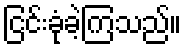
ငြင်းခုံခဲ့ကြသည်။